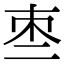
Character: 𠄬